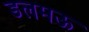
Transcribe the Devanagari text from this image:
डलमऊ